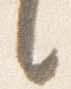
言